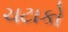
ચટાકો